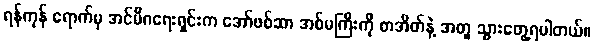
ရန်ကုန် ရောက်မှ အင်မီဂရေးရှင်းက အော်ဖစ်ဆာ အစ်မကြီးကို စာအိတ်နဲ့ အတူ သွားတွေ့ရပါတယ်။